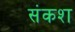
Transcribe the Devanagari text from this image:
संकश